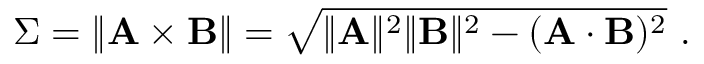
\Sigma = \| \mathbf { A \times B } \| = { \sqrt { \| \mathbf { A } \| ^ { 2 } \| \mathbf { B } \| ^ { 2 } - ( \mathbf { A \cdot B } ) ^ { 2 } } } \ .